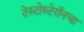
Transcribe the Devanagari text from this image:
टेस्टोस्टेरॉनचा